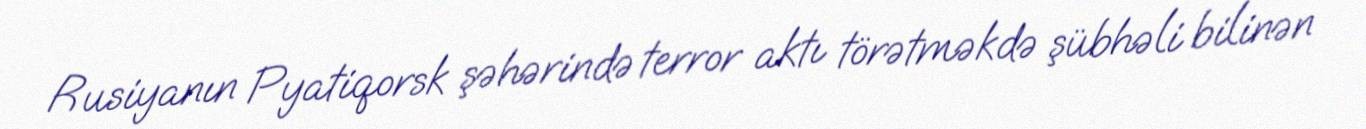
Rusiyanın Pyatiqorsk şəhərində terror aktı törətməkdə şübhəli bilinən